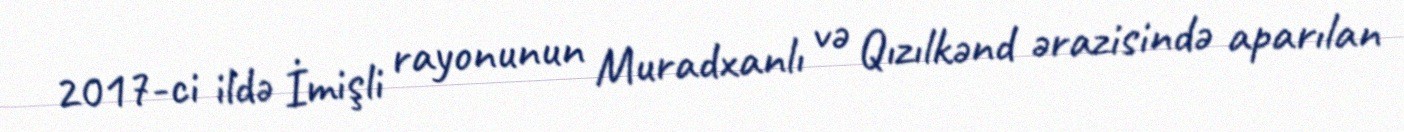
2017-ci ildə İmişli rayonunun Muradxanlı və Qızılkənd ərazisində aparılan